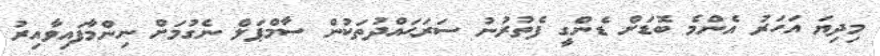
މިދިޔަ އަހަރު އެންމެ ބޮޑަށް ޑެންގީ ފެތުރުނު ސަރަޙައްދުތަކުން ސާމްޕަލް ނެގުމަށް ނިންމާފައިވާއިރު